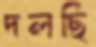
দলছি